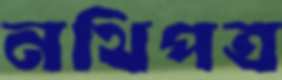
নথিপত্র